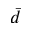
\bar { d }